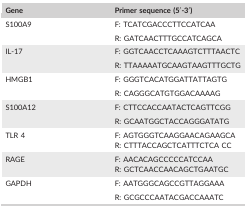
<table><thead><tr><td><b>Gene</b></td><td><b>Primer sequence (5′‐3′)</b></td></tr></thead><tbody><tr><td rowspan="2">S100A9</td><td>F: TCATCGACCCTTCCATCAA</td></tr><tr><td>R: GATCAACTTTGCCATCAGCA</td></tr><tr><td rowspan="2">IL‐17</td><td>F: GGTCAACCTCAAAGTCTTTAACTC</td></tr><tr><td>R: TTAAAAATGCAAGTAAGTTTGCTG</td></tr><tr><td rowspan="2">HMGB1</td><td>F: GGGTCACATGGATTATTAGTG</td></tr><tr><td>R: CAGGGCATGTGGACAAAAG</td></tr><tr><td rowspan="2">S100A12</td><td>F: CTTCCACCAATACTCAGTTCGG</td></tr><tr><td>R: GCAATGGCTACCAGGGATATG</td></tr><tr><td>TLR 4</td><td>F: AGTGGGTCAAGGAACAGAAGCAR: CTTTACCAGCTCATTTCTCA CC</td></tr><tr><td>RAGE</td><td>F: AACACAGCCCCCATCCAAR: GCTCAACCAACAGCTGAATGC</td></tr><tr><td rowspan="2">GAPDH</td><td>F: AATGGGCAGCCGTTAGGAAA</td></tr><tr><td>R: GCGCCCAATACGACCAAATC</td></tr></tbody></table>